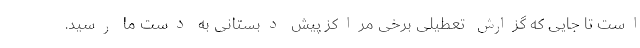
است تا جایی که گزارش تعطیلی برخی مراکز پیش دبستانی به دست ما رسید.